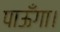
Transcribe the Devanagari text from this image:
पाऊँगा।